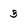
Character: 3